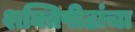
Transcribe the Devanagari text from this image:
शक्तिपीठांचा